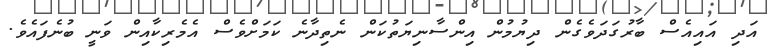
އަދި އައިއެސް ބާރުގަދަވެގެން ދިޔުމުން އިންސާނިޔަތުކަން ނެތިދާނެ ކަމަށްވެސް އެމެރިކާއިން ވަނީ ބުނެފައެވެ.